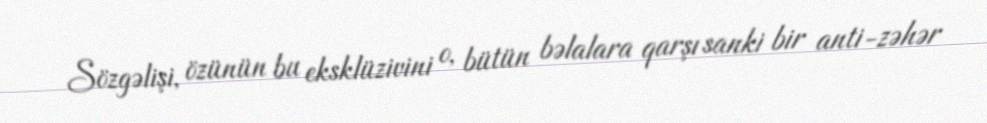
Sözgəlişi, özünün bu eksklüzivini o, bütün bəlalara qarşı sanki bir anti-zəhər